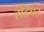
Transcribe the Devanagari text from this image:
रोडपर